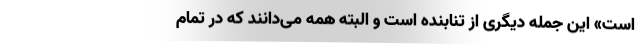
است» این جمله دیگری از تنابنده است و البته همه می‌دانند که در تمام